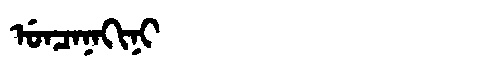
Manchu: ᡠᠨᠴᠠᠨᠠᡴᡳᠨᡳ
Romanization: UNCANAKINI